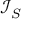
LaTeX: { \mathcal { I } } _ { S }